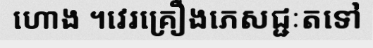
ហោង ។វេរគ្រឿងភេសជ្ជៈតទៅ